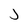
Character: J